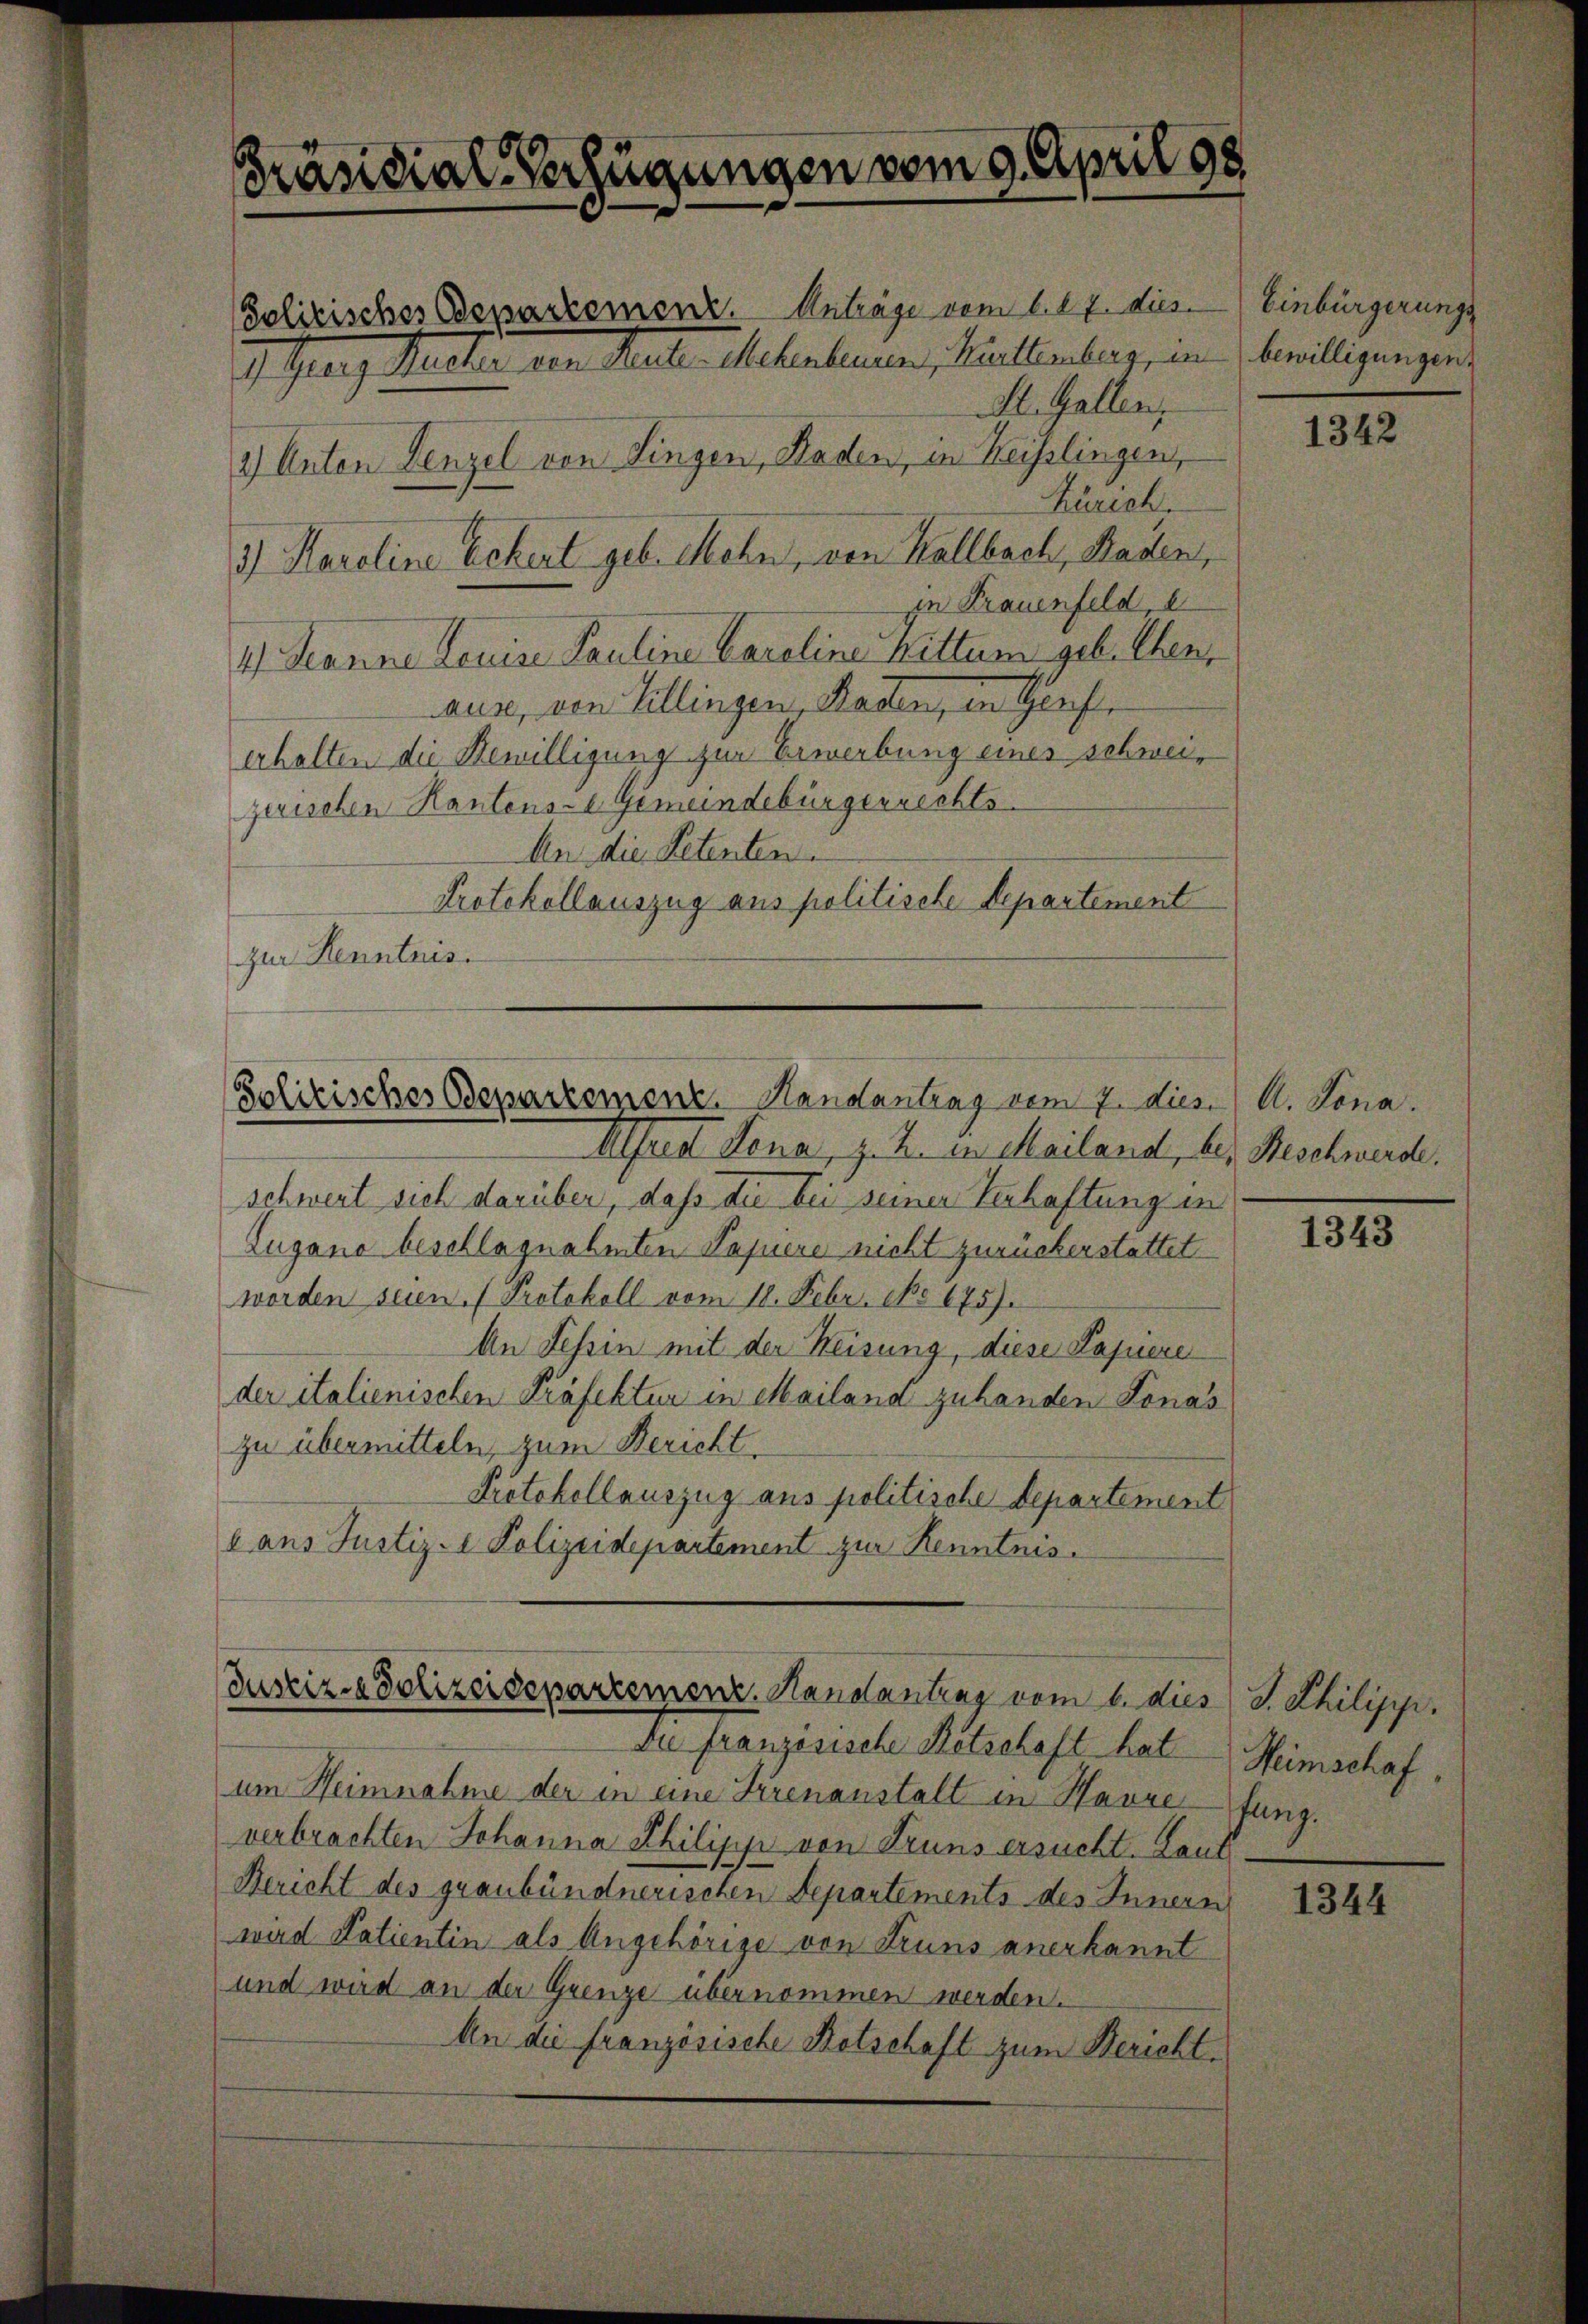
Zürich,
3) Karoline Eckert geb. Mohn, von Kallbach, Staden,
in Frauenfeld, e
1) Jeanne Louise Pauline Caroline Nittum geb. Ehen,
ause, von Cillingen, Raden, in Girch,
erhalten die Bewilligung zur Erwerbung eines schweigarischen Kantens- Gemeindebürgerrechts-
An die Petenten.
Protokollauszug aus politische Departement
zur Kenntnis.

Präsidial-Verfügungen vom 9. April 198.

(Solitisches Departement. Anträge vom 1. 17. dies
I Grenz Karter den Rathe Mehrheinen, Pandtenberg, in
2) Unten Venzel von Singen, Raden, in Reisslingen,

Politisches Bepartement. Sendantrag vom 7. dies) A. Dona.

Alfred dena, z. Z. in Mailand, bez Beschwerde.
schwert sich darüber, daß die bei seiner Verhaftung in
Zugano beschlagnahmten Papiere nicht zurückerstattet
worden seien. (Protokoll vom 18. Febr. No 675).
An Tessin mit der Weisung, diese Papiere
der italienischen Präfektur in Mailand zuhanden Lonas
zu übermitteln, zum Bericht.
Protokollauszug aus politische Departement
6 aus Justiz- & Polizeidepartement zur Kenntnis.

Justiz- & Polizeidepartement. Hanslantrag vom 1. dies

A. Gallen,

Die französische Botschaft hat
um Heimnahme der in eine Irrenanstalt in Havretung.
verbrachten Johanna Philipp von Truns ersucht. Lauf
Bericht des graubündnerischen Departements des Innern
wird Patientin als Angehörige von Truns anerkannt
und wird an der Grenze übernommen werden.
An die französische Retschaft zum Bericht¬

Einbürgerungs
bewilligungen.

1342

1343

S. Philipp.
Heimschaf

1344